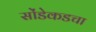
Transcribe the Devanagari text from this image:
सोंडेकडचा